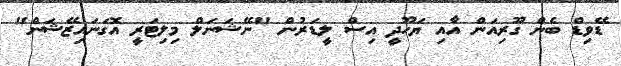
ޑޭވިޑް ބެން ގޫރިއަން އާއި ޔަހޫދީ އިސް ލީޑަރުން "ނޭޝަނަލް މިލިޓަރީ އޮގަނައިޒޭޝަން"